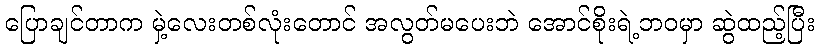
ပြောချင်တာက မှဲ့လေးတစ်လုံးတောင် အလွတ်မပေးဘဲ အောင်စိုးရဲ့ဘဝမှာ ဆွဲထည့်ပြီး